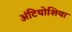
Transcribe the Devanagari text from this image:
अंटियोशिया